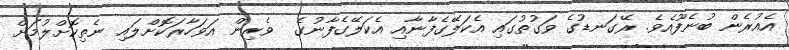
އެއުރެން ބުނެފޫއެވެ. ރޭގަނޑުގެ ވަގުތުގައި އެކަލޭގެފާނާއި އެކަލޭގެފާނުގެ  ވެރިން އަވަހާރަކޮށްލައި ނެތިކޮށްލުމަށް